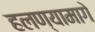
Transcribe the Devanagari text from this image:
हलण्यामागे